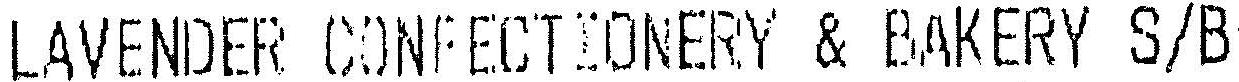
LAVENDER CONFECTIONERY & BAKERY S/B